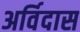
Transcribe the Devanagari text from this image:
अर्विदास